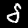
Digit: 5